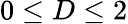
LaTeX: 0\le D\le 2